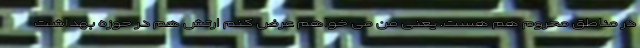
در مناطق محروم هم هست. یعنی من می خواهم عرض کنم ارتش هم در حوزه بهداشت